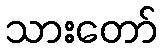
သားတော်